65_HS1-834228961_62-HQ-83894_Section_6
Agency: FBI
Page 246
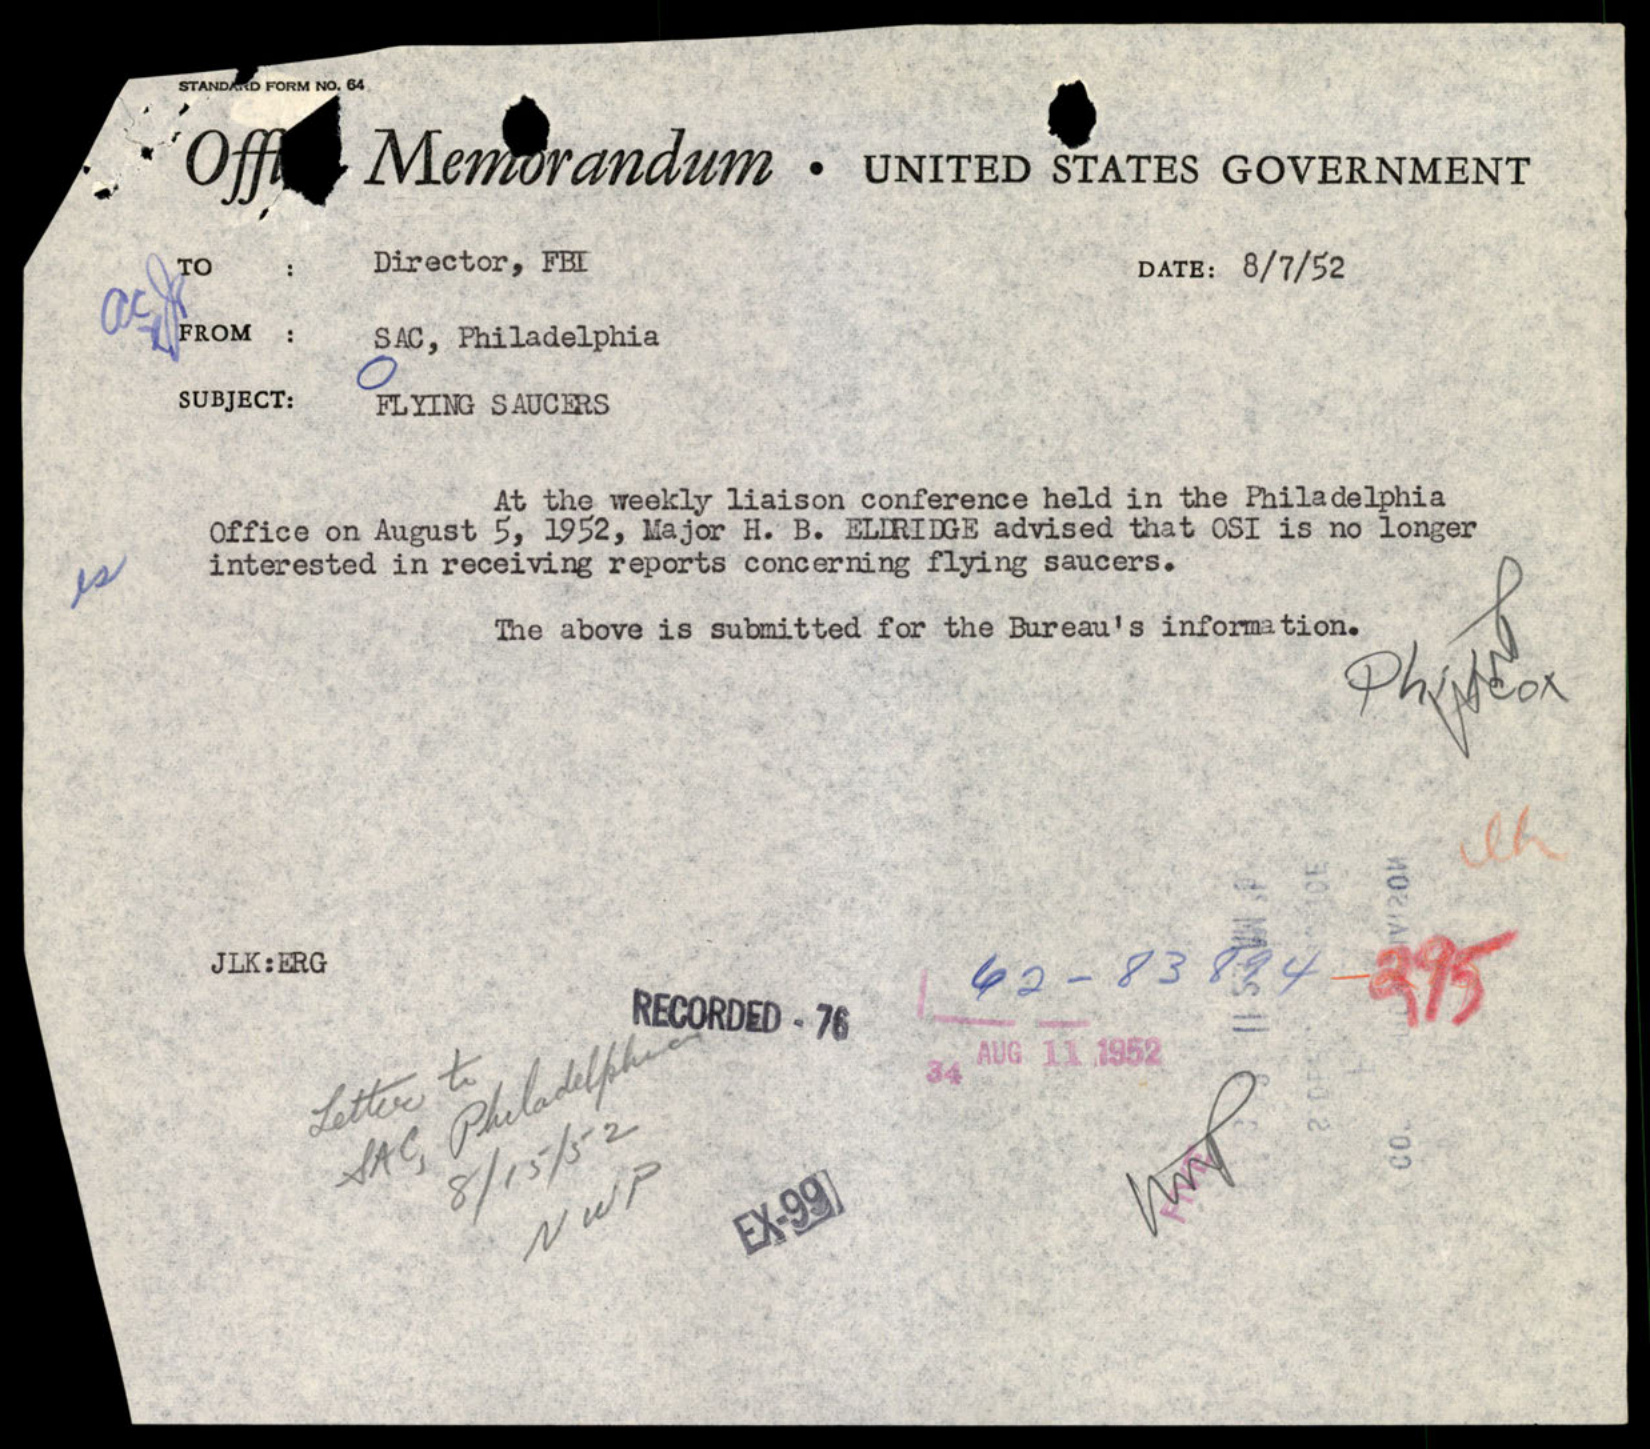